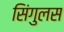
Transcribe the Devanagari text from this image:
सिंगुलस